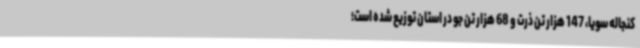
کنجاله سویا، 147 هزار تن ذرت و 68 هزار تن جو در استان توزیع شده است؛